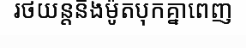
រថយន្តនិងម៉ូតបុកគ្នាពេញ